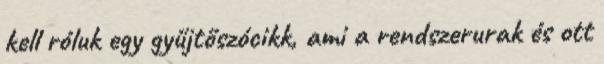
kell róluk egy gyűjtőszócikk, ami a rendszerurak és ott